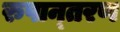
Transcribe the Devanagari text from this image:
रुपान्‍तरण